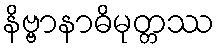
နိဗ္ဗာနာဓိမုတ္တဿ